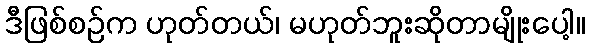
ဒီဖြစ်စဉ်က ဟုတ်တယ်၊ မဟုတ်ဘူးဆိုတာမျိုးပေါ့။